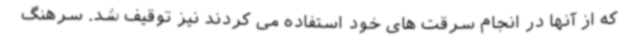
که از آنها در انجام سرقت های خود استفاده می کردند نیز توقیف شد. سرهنگ